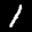
Label: 1